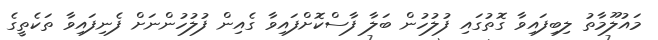
މައުލޫމާތު ލިބިފައިވާ ގޮތުގައި ފުލުހުން ބަލާ ފާސްކޮށްފައިވާ ގެއިން ފުލުހުންނަށް ފެނިފައިވާ ތަކެތީގެ